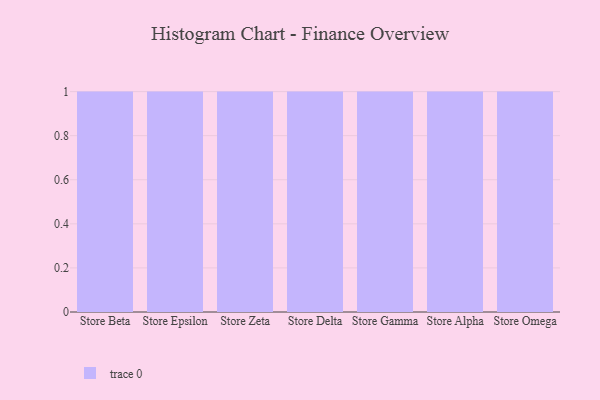
{"axis": {"x": "Store", "y": "Budget (USD K)"}, "legend": [""], "data": [{"x": "Store Beta", "y": 39, "type": ""}, {"x": "Store Epsilon", "y": 30, "type": ""}, {"x": "Store Zeta", "y": 77, "type": ""}, {"x": "Store Delta", "y": 35, "type": ""}, {"x": "Store Gamma", "y": 48, "type": ""}, {"x": "Store Alpha", "y": 51, "type": ""}, {"x": "Store Omega", "y": 67, "type": ""}]}